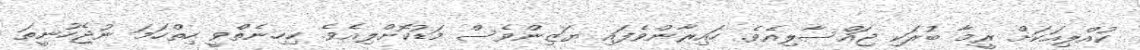
ކުއްލިއަކަށް ރީމާ ބުރަކި ޖައްސާލިއެވެ. ހައިރާންވެފައި ޔަޒިންވެސް މަޑުކޮށްލިއެވެ. ކިހިނެތްވީ ހިތްހަމަ ނުޖެހުނީތަ